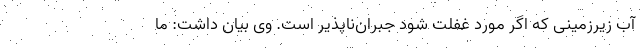
آب زیرزمینی که اگر مورد غفلت شود جبران‌ناپذیر است. وی بیان داشت: ما